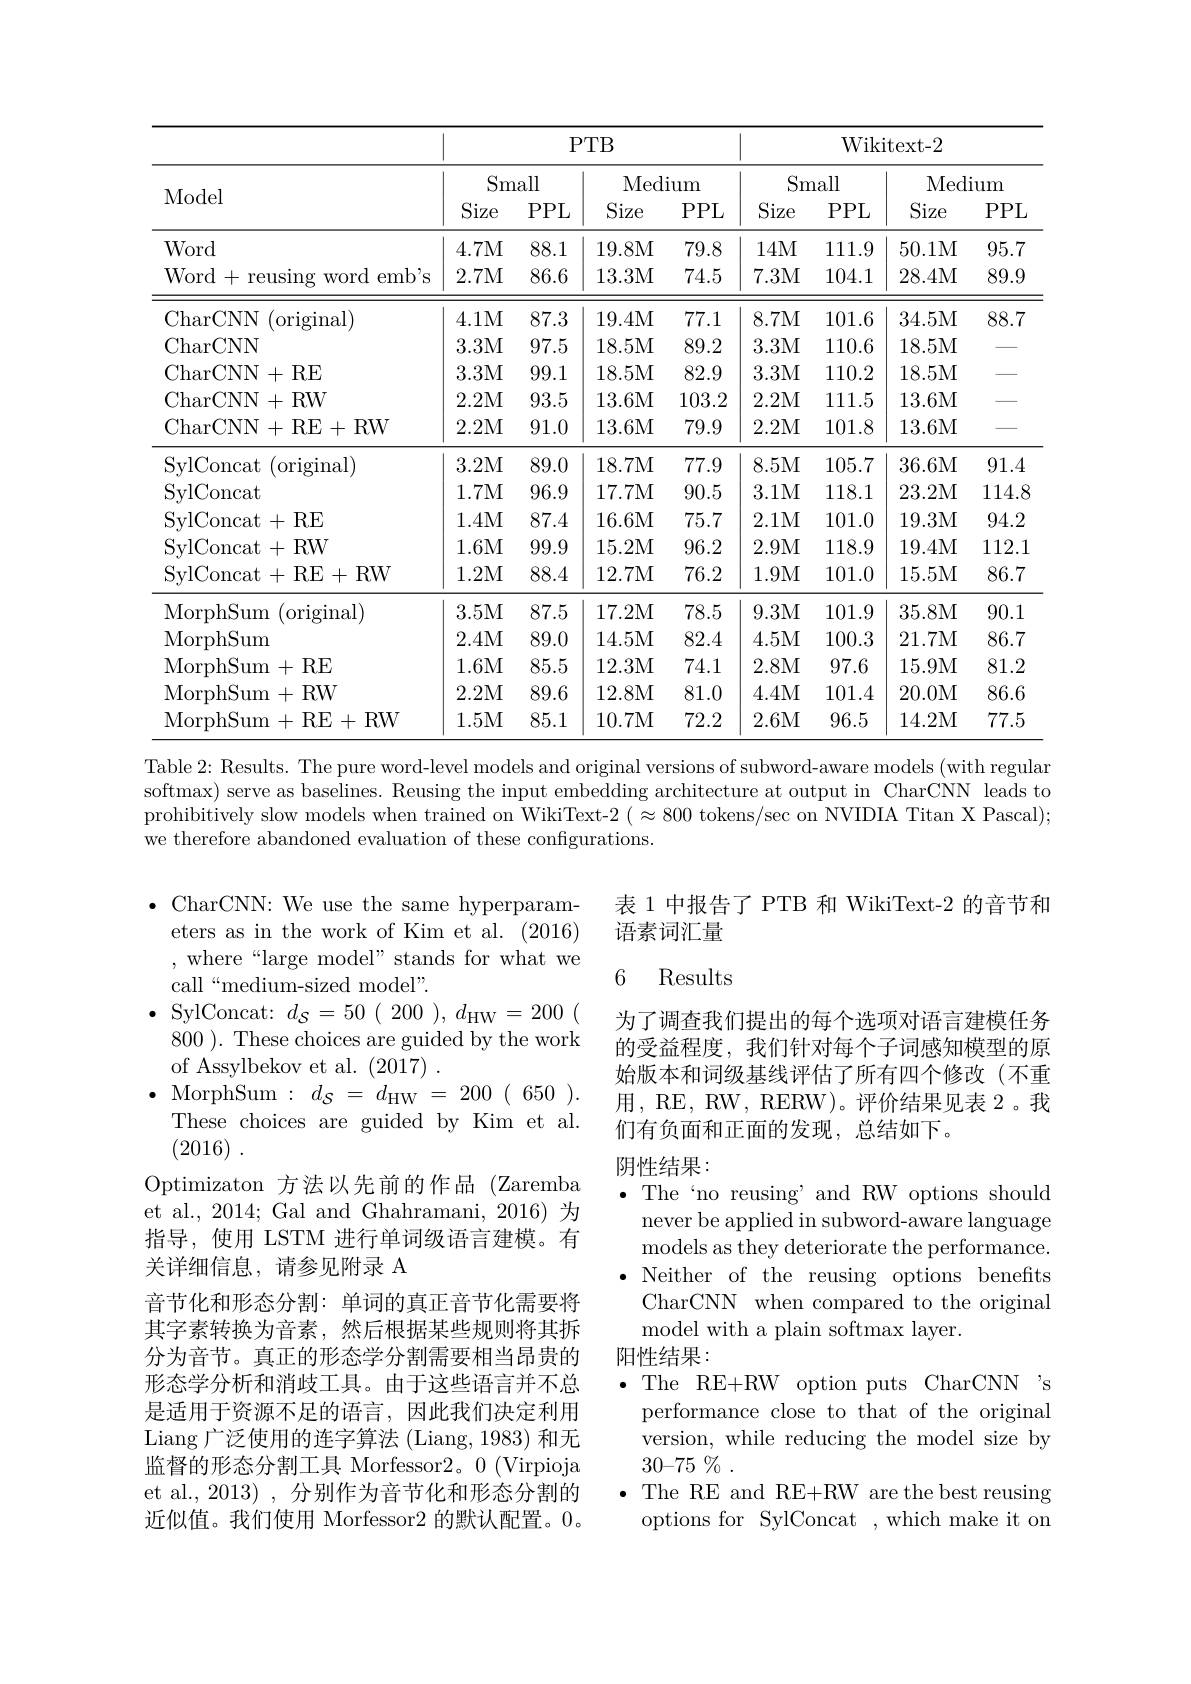
<table>
	<tbody>
		<tr>
			<th rowspan="3">Model</th>
			<th colspan="4">$PTB$</th>
			<th colspan="4">Wikitext- 2</th>
		</tr>
		<tr>
			<th colspan="2">Small</th>
			<th colspan="2">Medium</th>
			<th colspan="2">Small</th>
			<th colspan="2">Medium</th>
		</tr>
		<tr>
			<th>Size</th>
			<th>PPL</th>
			<th>Size</th>
			<th>PPL</th>
			<th>Size</th>
			<th>PPL</th>
			<th>Size</th>
			<th>PPL</th>
		</tr>
		<tr>
			<td>Word</td>
			<td>4.7M</td>
			<td>88.1</td>
			<td>19.8M</td>
			<td>79.8</td>
			<td>14M</td>
			<td>111.9</td>
			<td>50.1M</td>
			<td>95.7</td>
		</tr>
		<tr>
			<td>Word+reusing word emb's</td>
			<td>2.7M</td>
			<td>86.6</td>
			<td>13.3M</td>
			<td>74.5</td>
			<td>7.3M</td>
			<td>104.1</td>
			<td>28.4M</td>
			<td>89.9</td>
		</tr>
		<tr>
			<td>CharCNN (original)</td>
			<td>4.1M</td>
			<td>87.3</td>
			<td>19.4M</td>
			<td>77.1</td>
			<td>8.7M</td>
			<td>101.6</td>
			<td>34.5M</td>
			<td>88.7</td>
		</tr>
		<tr>
			<td>CharCNN</td>
			<td>3.3M</td>
			<td>97.5</td>
			<td>18.5M</td>
			<td>89.2</td>
			<td>3.3M</td>
			<td>1110.6</td>
			<td>18.5M</td>
			<td> </td>
		</tr>
		<tr>
			<td>CharCNN+RE</td>
			<td>3.3M</td>
			<td>99.1</td>
			<td>18.5M</td>
			<td>82.9</td>
			<td>3.3M</td>
			<td>110.2</td>
			<td>18.5M</td>
			<td> </td>
		</tr>
		<tr>
			<td>CharCNN+ RW</td>
			<td>2.2M</td>
			<td>93.5</td>
			<td>13.6M</td>
			<td>103.2</td>
			<td>2.2M</td>
			<td>111.5</td>
			<td>13.6M</td>
			<td> </td>
		</tr>
		<tr>
			<td>CharCNN+RE+RW</td>
			<td>2.2M</td>
			<td>91.0</td>
			<td>13.6M</td>
			<td>79.9</td>
			<td>2.2M</td>
			<td>101.8</td>
			<td>13.6M</td>
			<td> </td>
		</tr>
		<tr>
			<td>SylConcat (original)</td>
			<td>3.2M</td>
			<td>89.0</td>
			<td>18.7M</td>
			<td>77.9</td>
			<td>8.5M</td>
			<td>105.7</td>
			<td>36.6M</td>
			<td>91.4</td>
		</tr>
		<tr>
			<td>SylConcat</td>
			<td>1.7M</td>
			<td>96.9</td>
			<td>17.7M</td>
			<td>90.5</td>
			<td>3.1M</td>
			<td>118.1</td>
			<td>23.2M</td>
			<td>114.8</td>
		</tr>
		<tr>
			<td>SvlConcat+RE</td>
			<td>1.4M</td>
			<td>87.4</td>
			<td>16.6M</td>
			<td>75.7</td>
			<td>2.1M</td>
			<td>101.0</td>
			<td>19.3M</td>
			<td>94.2</td>
		</tr>
		<tr>
			<td>SvlConcat+RW</td>
			<td>1.6M</td>
			<td>99.9</td>
			<td>15.2M</td>
			<td>96.2</td>
			<td>2.9M</td>
			<td>118.9</td>
			<td>19.4M</td>
			<td>112.1</td>
		</tr>
		<tr>
			<td>SylConcat+RE+RW</td>
			<td>1.2M</td>
			<td>88.4</td>
			<td>12.7M</td>
			<td>76.2</td>
			<td>1.9M</td>
			<td>101.0</td>
			<td>15.5M</td>
			<td>86.7</td>
		</tr>
		<tr>
			<td>MorphSum (original)</td>
			<td>3.5M</td>
			<td>87.5</td>
			<td>17.2M</td>
			<td>78.5</td>
			<td>9.3M</td>
			<td>101.9</td>
			<td>35.8M</td>
			<td>90.1</td>
		</tr>
		<tr>
			<td>MorphSum</td>
			<td>2.4M</td>
			<td>89.0</td>
			<td>14.5M</td>
			<td>82.4</td>
			<td>4.5M</td>
			<td>100.3</td>
			<td>21.7M</td>
			<td>86.7</td>
		</tr>
		<tr>
			<td>MorphSum+ RE</td>
			<td>1.6M</td>
			<td>85.5</td>
			<td>12.3M</td>
			<td>74.1</td>
			<td>2.8M</td>
			<td>97.6</td>
			<td>15.9M</td>
			<td>81.2</td>
		</tr>
		<tr>
			<td>MorphSum+RW</td>
			<td>2.2M</td>
			<td>89.6</td>
			<td>12.8M</td>
			<td>81.0</td>
			<td>4.4M</td>
			<td>101.4</td>
			<td>20.0M</td>
			<td>86.6</td>
		</tr>
		<tr>
			<td>MorphSum+RE+RW</td>
			<td>1.5M</td>
			<td>85.1</td>
			<td>10.7M</td>
			<td>72.2</td>
			<td>2.6M</td>
			<td>96.5</td>
			<td>14.2M</td>
			<td>77.5</td>
		</tr>
	</tbody>
</table>
Table 2: Results. The pure word-level models and original versions of subword-aware models (with regular

softmax) serve as baselines. Reusing the input embedding architecture at output in CharCNN leads to prohibitively slow models when trained on WikiText-2 ( $\approx800$ tokens/sec on NVIDIA Titan X Pascal); we therefore abandoned evaluation of these configurations.

表 1 中报告了 PTB 和 WikiText-2 的音节和
语素词汇量

## 6 Results

为了调查我们提出的每个选项对语言建模任务的受益程度，我们针对每个子词感知模型的原始版本和词级基线评估了所有四个修改(不重用，RE, RW, RERW)。评价结果见表 2。我们有负面和正面的发现，总结如下。

## 阴性结果： $\bullet$ The‘no reusing’and RW options should

$\bullet$ CharCNN: We use the same hyperparam-
eters as in the work of Kim et al. (2016) ,where“large model”stands for what we call“medium-sized model”.
$\bullet$ SylConcat: $d_\mathcal{S}=50(200),d_\mathrm{HW}=200($
800 ). These choices are guided by the work
of Assylbekov et al. (2017) .
$\bullet$ MorphSum$:d_\mathcal{S}=d_\mathrm{HW}=200(650).$
These choices are guided by Kim et al.
(2016) .
Optimizaton 方法以先前的作品 (Zaremba et al., 2014; Gal and Ghahramani, 2016) 为指导，使用 LSTM 进行单词级语言建模。有关详细信息，请参见附录 A
音节化和形态分割：单词的真正音节化需要将其字素转换为音素，然后根据某些规则将其拆分为音节。真正的形态学分割需要相当昂贵的形态学分析和消歧工具。由于这些语言并不总是适用于资源不足的语言，因此我们决定利用Liang 广泛使用的连字算法 (Liang, 1983) 和无监督的形态分割工具 Morfessor2。0 (Virpioja et al.,2013) ,分别作为音节化和形态分割的近似值。我们使用 Morfessor2 的默认配置。0。

never be applied in subword-aware language models as they deteriorate the performance. $\bullet$Neither of the reusing options benefts CharCNN when compared to the original model with a plain softmax layer.
阳性结果：
$\bullet$ The RE+RW option puts CharCNN 's
performance close to that of the original version, while reducing the model size by 30-75 $\%$
$\bullet$ The RE and RE+RW are the best reusing
options for SylConcat ,which make it on